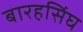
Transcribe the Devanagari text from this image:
बारहसिंघ